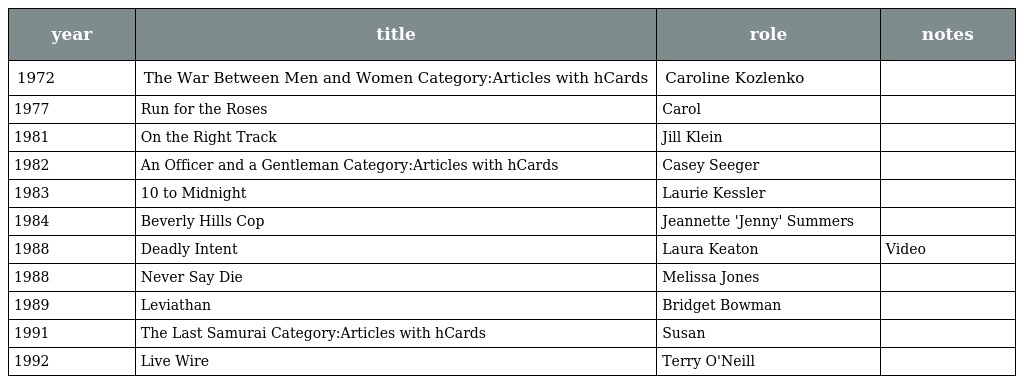
| year | title | role | notes |
 | --- | --- | --- | --- |
 | 1972 | The War Between Men and Women Category:Articles with hCards | Caroline Kozlenko |  |
 | 1977 | Run for the Roses | Carol |  |
 | 1981 | On the Right Track | Jill Klein |  |
 | 1982 | An Officer and a Gentleman Category:Articles with hCards | Casey Seeger |  |
 | 1983 | 10 to Midnight | Laurie Kessler |  |
 | 1984 | Beverly Hills Cop | Jeannette 'Jenny' Summers |  |
 | 1988 | Deadly Intent | Laura Keaton | Video |
 | 1988 | Never Say Die | Melissa Jones |  |
 | 1989 | Leviathan | Bridget Bowman |  |
 | 1991 | The Last Samurai Category:Articles with hCards | Susan |  |
 | 1992 | Live Wire | Terry O'Neill |  |